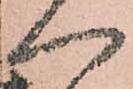
へ